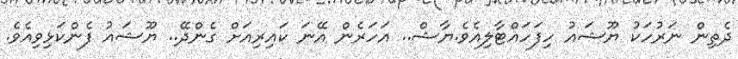
ދެތިން ނަރުހަކު ޔޫޝައު ހިފަހައްޓާލިއެވެ.ޔާޝް.. އަހަރެން އޭނަ ކައިރިއަށް ގެންދޭ.. ޔޫޝައު ފެންކަޅިވިއެވެ.